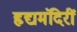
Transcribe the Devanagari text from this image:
हृद्यमंदिरीं